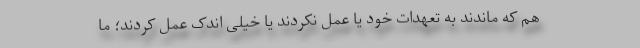
هم که ماندند به تعهدات خود یا عمل نکردند یا خیلی اندک عمل کردند؛ ما